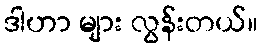
ဒါဟာ များ လွန်းတယ်။